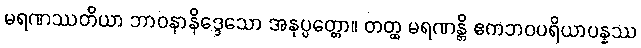
မရဏဿတိယာ ဘာဝနာနိဒ္ဒေသော အနုပ္ပတ္တော။ တတ္ထ မရဏန္တိ ဧကဘဝပရိယာပန္နဿ